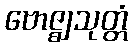
ဗောဇ္ဈသုတ္တံ